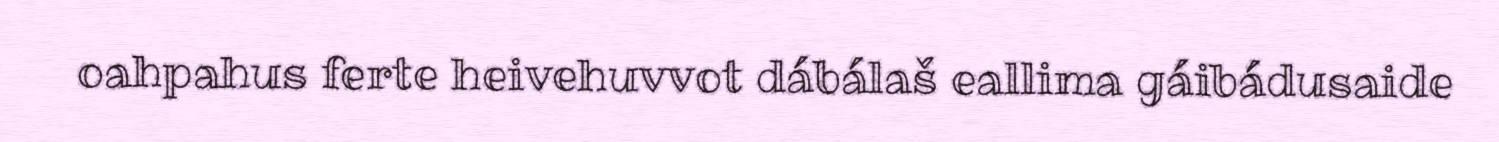
oahpahus ferte heivehuvvot dábálaš eallima gáibádusaide